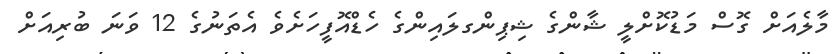
މާލެއަށް ގޮސް މަޑުކޮށްލީ ޝާންގެ ޝިޕިންގލައިންގެ ހެޑްއޮފީހަށެވެ އެތަނުގެ 12 ވަނަ ބުރިއަށް